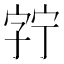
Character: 𫳘